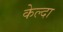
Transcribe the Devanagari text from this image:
केल्दा